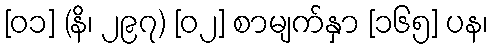
[၀၁] (နိ၊ ၂၉၇) [၀၂] စာမျက်နှာ [၁၆၅] ပန၊